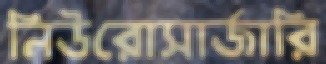
নিউরোসার্জারি